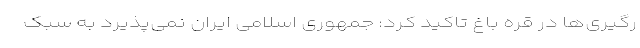
رگیری‌ها در قره باغ تاکید کرد: جمهوری اسلامی ایران نمی‌پذیرد به سبک